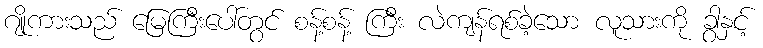
ဂျိုကားသည် မြေကြီးပေါ်တွင် စန့်စန့် ကြီး လဲကျန်ရစ်ခဲ့သော လူသားကို ခွါနှင့်